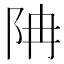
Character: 𨸱